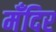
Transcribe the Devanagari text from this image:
मँदिर